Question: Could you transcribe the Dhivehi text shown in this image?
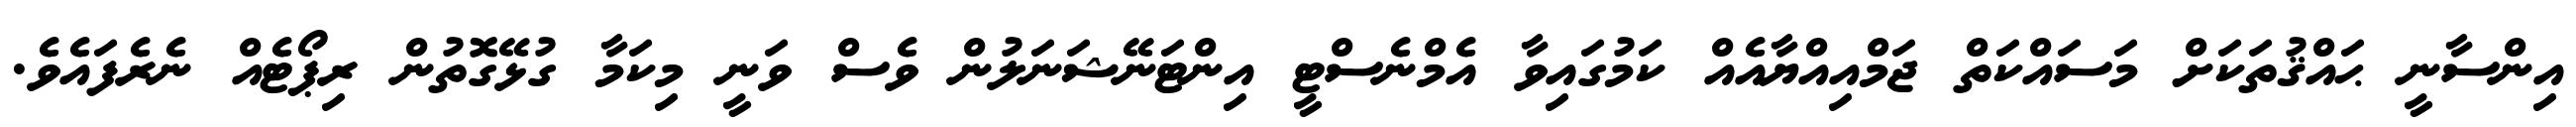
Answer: އިންސާނީ ޙައްޤުތަކަށް މަސައްކަތް ޖަމްއިއްޔާއެއް ކަމުގައިވާ އެމްނެސްޓީ އިންޓަނޭޝަނަލުން ވެސް ވަނީ މިކަމާ ގުޅޭގޮތުން ރިޕޯޓެއް ނެރެފައެވެ.